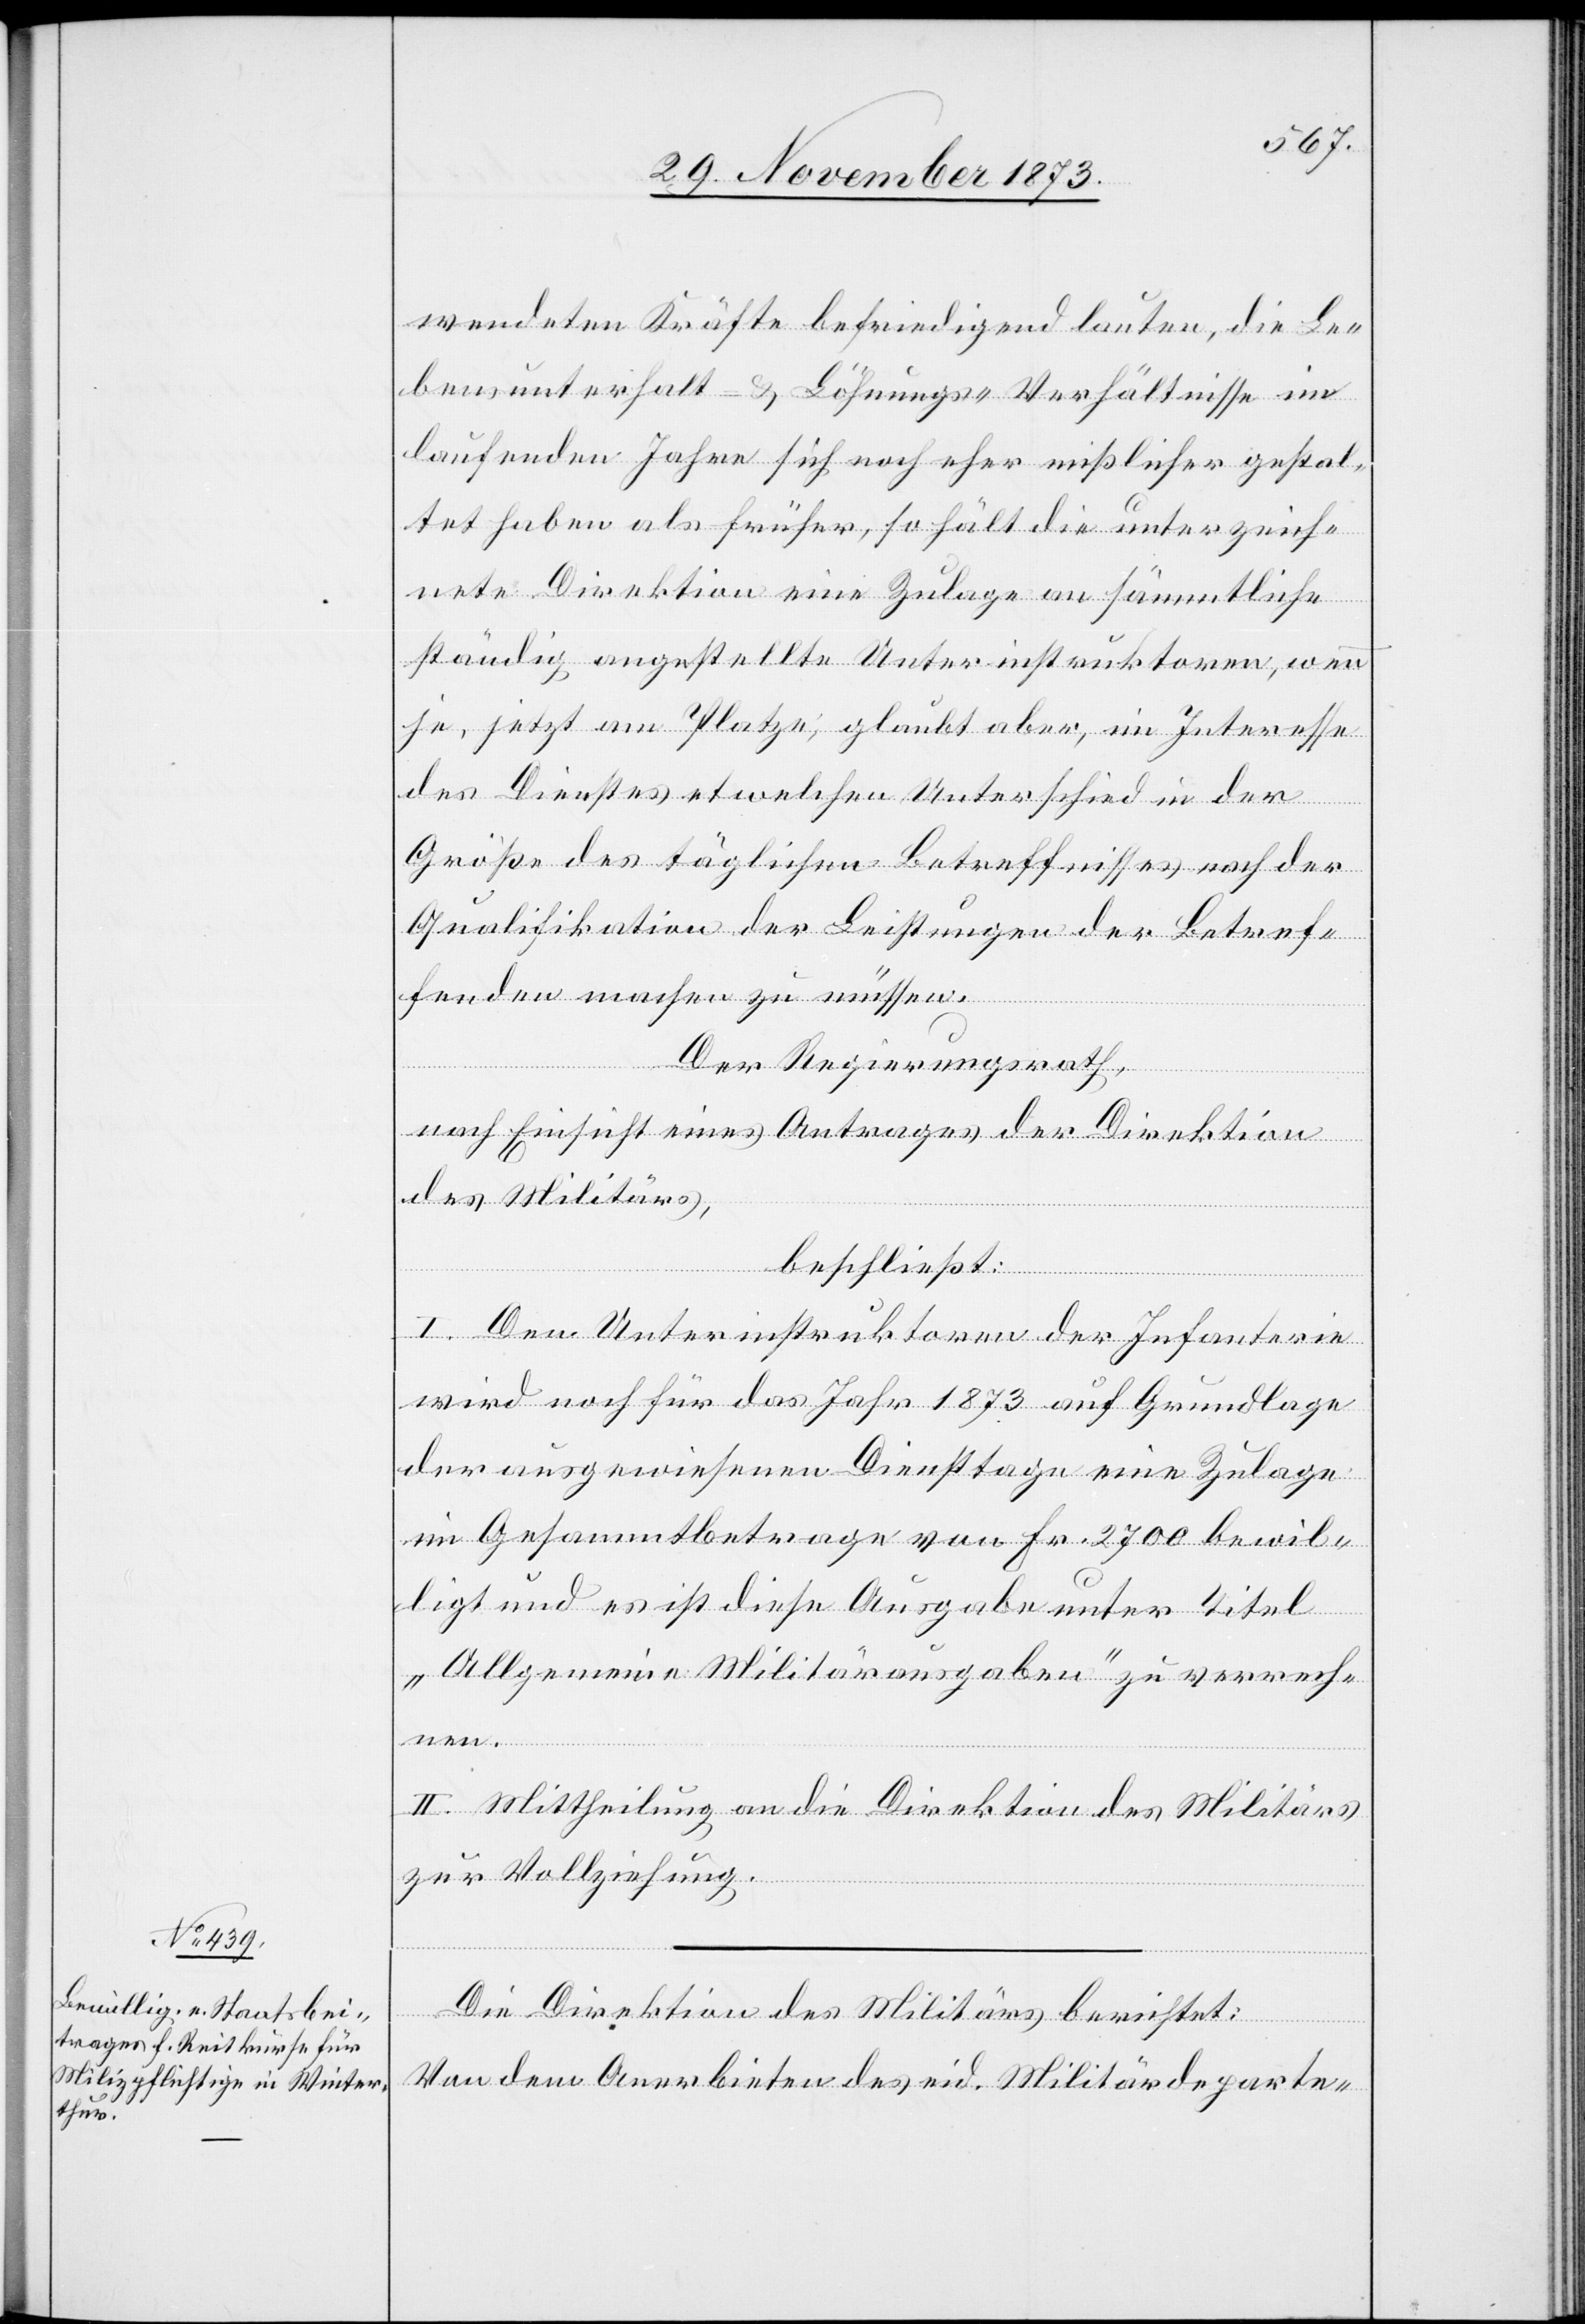
wendeten Kräfte befriedigend lauten, die Le¬
bensunterhalt- & Löhnungs-Verhältnisse im
laufenden Jahre sich noch eher mißlicher gestal¬
tet haben als früher, so hält die unterzeich¬
nete Direktion eine Zulage an sämmtliche
ständig angestellte Unterinstruktoren, wenn
je, jetzt am Platze, glaubt aber, im Interesse
des Dienstes etwelchen Unterschied in der
Größe des täglichen Betreffnisses nach der
Qualifikation der Leistungen der Betref¬
fenden machen zu müssen.
Der Regierungsrath,
nach Einsicht eines Antrages der Direktion
des Militärs,
beschließt:
I. Den Unterinstruktoren der Infanterie
wird noch für das Jahr 1873 auf Grundlage
der ausgewiesenen Diensttage eine Zulage
im Gesammtbetrage von Fr. 2 700 bewil¬
ligt und es ist diese Ausgabe unter Titel
„Allgemeine Militärausgaben“ zu verrech¬
nen.
II. Mittheilung an die Direktion des Militärs
zur Vollziehung.
Die Direktion des Militärs berichtet:
Von dem Anerbieten des eid. Militärdeparte-